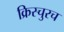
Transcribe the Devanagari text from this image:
क्रिस्चुरच